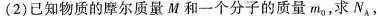
(2)已知物质的摩尔质量M和一个分子的质量m_{0}，求N_{A}，